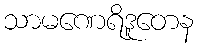
သာမဏေရိဒူတေန